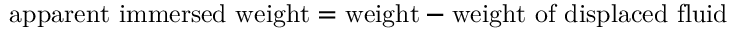
{ \mathrm { a p p a r e n t ~ i m m e r s e d ~ w e i g h t } } = { \mathrm { w e i g h t } } - { \mathrm { w e i g h t ~ o f ~ d i s p l a c e d ~ f l u i d } }